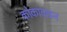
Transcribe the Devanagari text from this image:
कोकावाइन